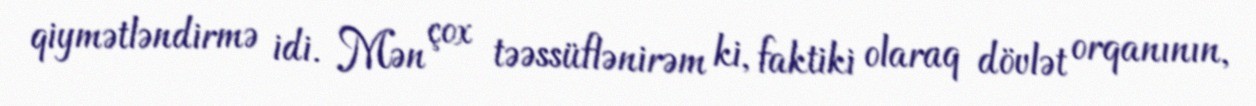
qiymətləndirmə idi. Mən çox təəssüflənirəm ki, faktiki olaraq dövlət orqanının,